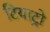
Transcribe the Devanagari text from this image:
टियाट्रो